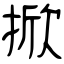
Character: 掀